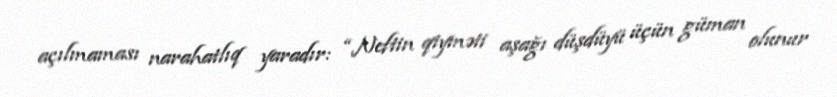
açılmaması narahatlıq yaradır: “Neftin qiyməti aşağı düşdüyü üçün güman olunur